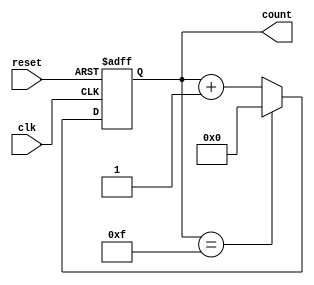
module Modulus_Counter (
    input wire clk,         // Clock input
    input wire reset,       // Reset input
    output reg [7:0] count  // Output signal indicating the current count value
);

reg [7:0] modulus = 15;    // Specified modulus value

always @(posedge clk or posedge reset) begin
    if (reset) begin
        count <= 8'b0;     // Reset count to zero
    end else begin
        if (count == modulus) begin
            count <= 8'b0; // Reset count to zero when modulus value is reached
        end else begin
            count <= count + 1; // Increment count by one on each clock cycle
        end
    end
end

endmodule